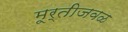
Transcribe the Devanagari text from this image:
मूर्तीजवळ